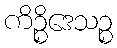
ကိဉ္စိဒေသဉ္စ